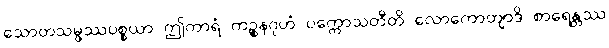
သောတသမ္ဖဿပစ္စယာ ဤကာရံ ကဉ္စနဂုဟံ ပက္ကောသတီတိ လောကောတျာဒိ စာရေန္တဿ